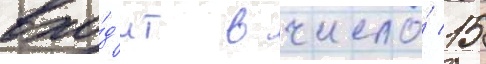
вхо́д'ит в число́ 15